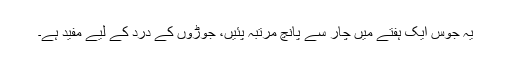
یہ جوس ایک ہفتے میں چار سے پانچ مرتبہ پئیں، جوڑوں کے درد کے لیے مفید ہے۔